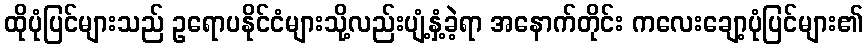
ထိုပုံပြင်များသည် ဥရောပနိုင်ငံများသို့လည်းပျံ့နှံ့ခဲ့ရာ အနောက်တိုင်း ကလေးချော့ပုံပြင်များ၏